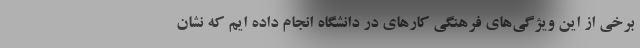
برخی از این ویژگی‌های فرهنگی کارهای در دانشگاه انجام داده ایم که نشان